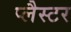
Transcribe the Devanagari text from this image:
प्लैस्टर